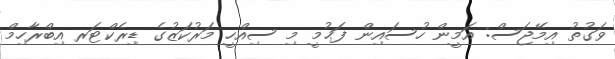
ވަގުތު އިމޭޖަސް: އަމީން ހުސައިން ފަޙުމީ މި ސިއްހީ މަރުކަޒުގެ ޑިރެކްްޓަރ އިބްރާހިމް